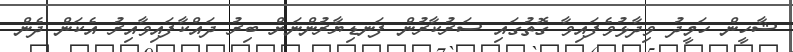
ޝާހީން ހަމީދު ވިދާޅުވެފައިވާ ގޮތުގައި ސަރުކާރުން ފަނޑިޔާރުންނަށް ބިރު ދައްކާފައިވާއިރު އެކަން ދެން